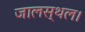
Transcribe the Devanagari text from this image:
जालस्थल।